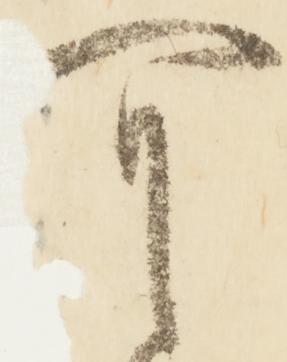
可